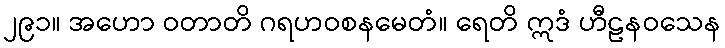
၂၉၁။ အဟော ဝတာတိ ဂရဟဝစနမေတံ။ ရေတိ ဣဒံ ဟီဠနဝသေန